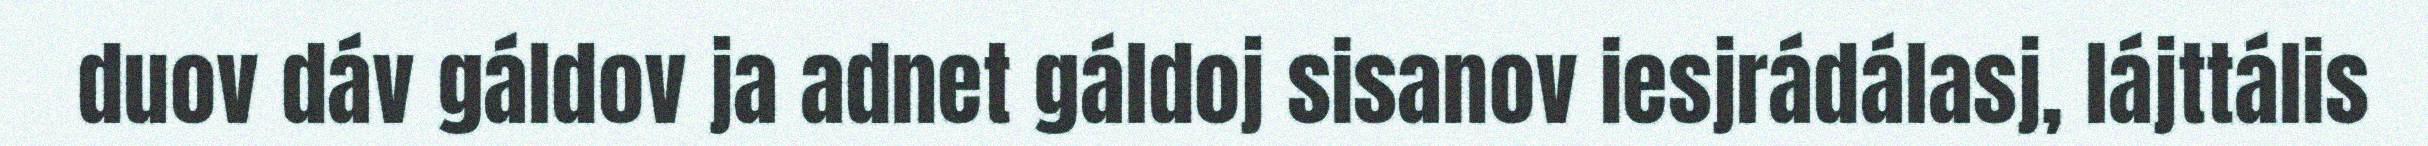
duov dáv gáldov ja adnet gáldoj sisanov iesjrádálasj, lájttális